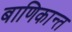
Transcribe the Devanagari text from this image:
बाणिकान्त